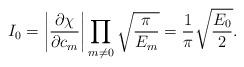
LaTeX: \begin{align*}I_0 = \left|\frac{\partial\chi}{\partial c_m}\right| \prod_{m\neq 0}\sqrt{\frac{\pi}{E_m}} = \frac{1}{\pi}\sqrt{\frac{E_0}{2}}.\end{align*}